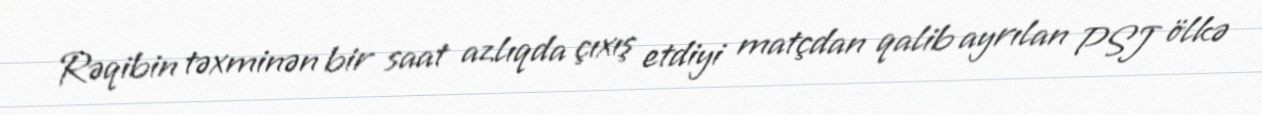
Rəqibin təxminən bir saat azlıqda çıxış etdiyi matçdan qalib ayrılan PSJ ölkə